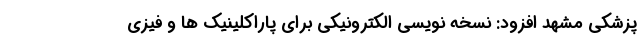
پزشکی مشهد افزود: نسخه نویسی الکترونیکی برای پاراکلینیک ها و فیزی